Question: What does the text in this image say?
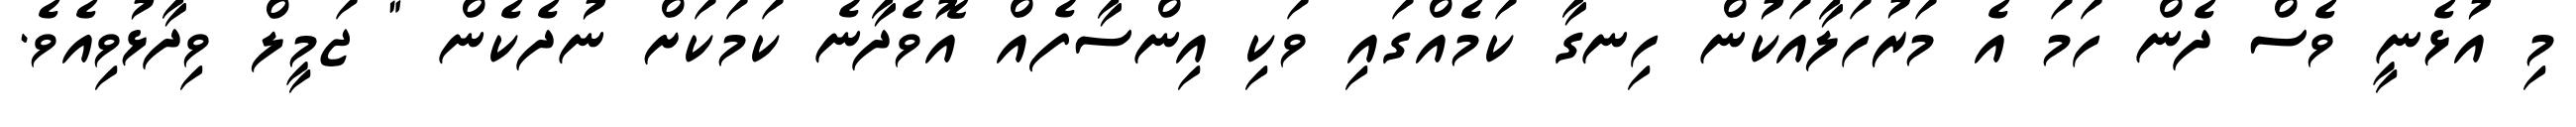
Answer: މި އުޅެނީ ވެސް ދެން ހަމަ އެ މަރުހަލާއަކުން ހިނގާ ކަމެއްގައި ވަކި އިންސާފެއް އޮވެދާނެ ކަމަކަށް ނުދެކެން " ޖަމީލް ވިދާޅުވިއެވެ.